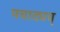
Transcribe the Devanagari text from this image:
पचाद्यच्